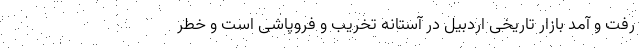
رفت و آمد بازار تاریخی اردبیل در آستانه تخریب و فروپاشی است و خطر